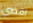
اقضي